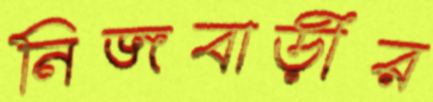
নিজবাড়ীর